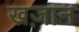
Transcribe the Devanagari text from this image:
खज़ान